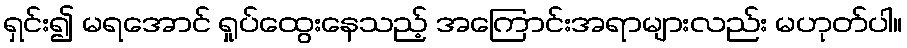
ရှင်း၍ မရအောင် ရှုပ်ထွေးနေသည့် အကြောင်းအရာများလည်း မဟုတ်ပါ။